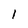
Character: l